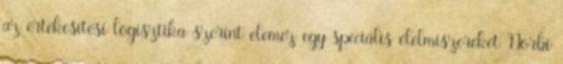
az értékesítési logisztika szerint elemez egy speciális élelmiszereket Norbi